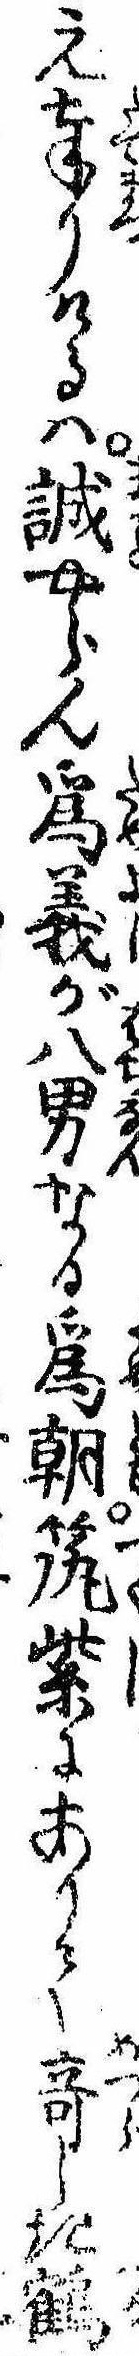
え奉りけるは誠やらん為義が八男なる為朝筑紫にありて奇しき鶴